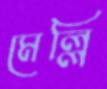
মেল্লি